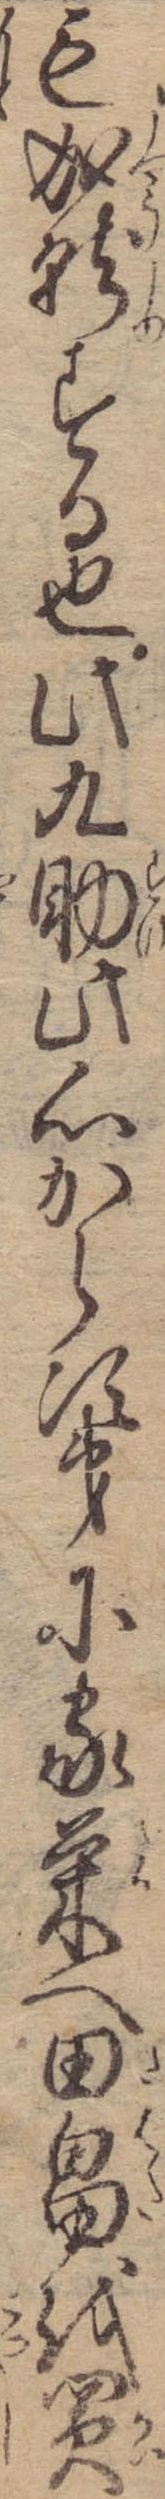
も成就する也此九助此心から次第に家栄へ田畠を買